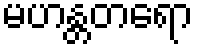
မဟန္တတရော